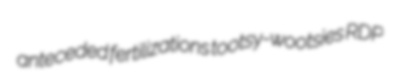
anteceded fertilizations tootsy-wootsies RDP